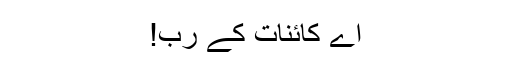
اے کائنات کے رب!